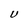
Character: U